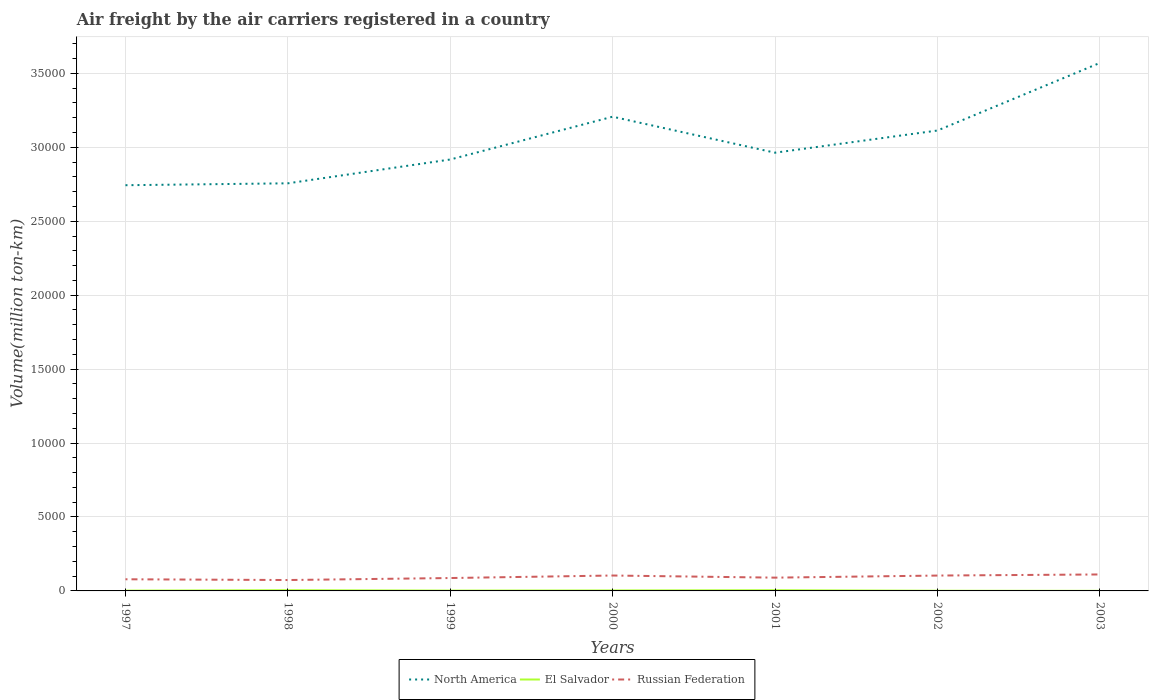
| Years | North America | El Salvador | Russian Federation |
 | --- | --- | --- | --- |
 | 1997 | 2.74e+04 | 19.3 | 788 |
 | 1998 | 2.76e+04 | 47 | 736 |
 | 1999 | 2.92e+04 | 21.9 | 872 |
 | 2000 | 3.21e+04 | 31.2 | 1.04e+03 |
 | 2001 | 2.96e+04 | 46.9 | 898 |
 | 2002 | 3.11e+04 | 11.6 | 1.04e+03 |
 | 2003 | 3.57e+04 | 4.8 | 1.11e+03 |